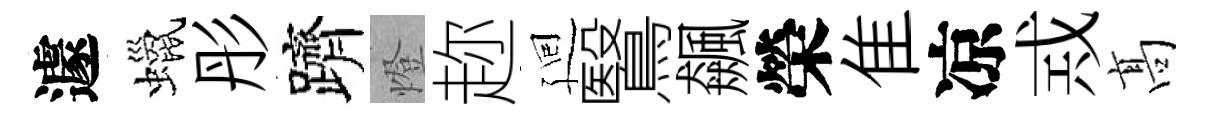
遽蠟彤躋燈趂廻鷖飆榮隹凉𢦶髙